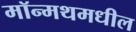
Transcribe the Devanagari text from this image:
मॉन्मथमधील